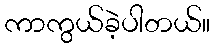
ကာကွယ်ခဲ့ပါတယ်။